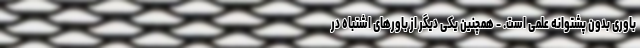
باوری بدون پشتوانه علمی است. - همچنین یکی دیگر از باورهای اشتباه در